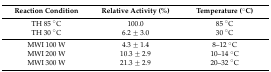
<table><thead><tr><td><b>Reaction Condition</b></td><td><b>Relative Activity (%)</b></td><td><b>Temperature (°C)</b></td></tr></thead><tbody><tr><td>TH 85 °C</td><td>100.0</td><td>85 °C</td></tr><tr><td>TH 30 °C</td><td>6.2 ± 3.0</td><td>30 °C</td></tr><tr><td>MWI 100 W</td><td>4.3 ± 1.4</td><td>8–12 °C</td></tr><tr><td>MWI 200 W</td><td>10.3 ± 2.9</td><td>10–14 °C</td></tr><tr><td>MWI 300 W</td><td>21.3 ± 2.9</td><td>20–32 °C</td></tr></tbody></table>